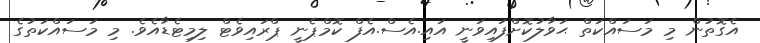
އެގޮތުން މި މަސައްކަތް ޙަވާލުކޮށްފައިވަނީ އައި.އެސް.އެފް ކޮމްޕެނީ ޕްރައިވެޓް ލިމިޓެޑާއެވެ. މި މަސައްކަތުގެ